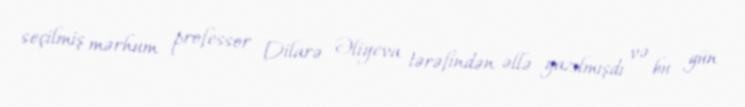
seçilmiş mərhum professor Dilarə Əliyeva tərəfindən əllə yazılmışdı və bu gün